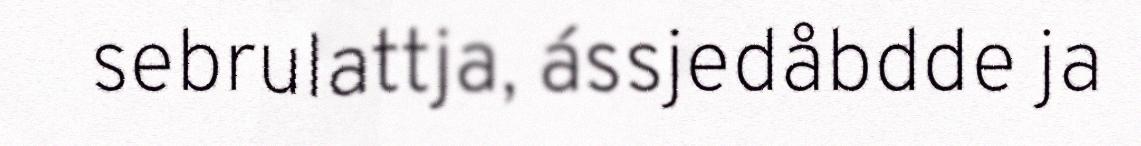
sebrulattja, ássjedåbdde ja